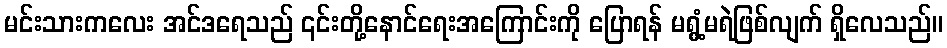
မင်းသားကလေး အင်ဒရေသည် ၎င်းတို့နောင်ရေးအကြောင်းကို ပြောရန် မရွံ့မရဲဖြစ်လျက် ရှိလေသည်။